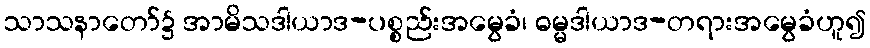
သာသနာတော်၌ အာမိသဒါယာဒ-ပစ္စည်းအမွေခံ၊ ဓမ္မဒါယာဒ-တရားအမွေခံဟူ၍